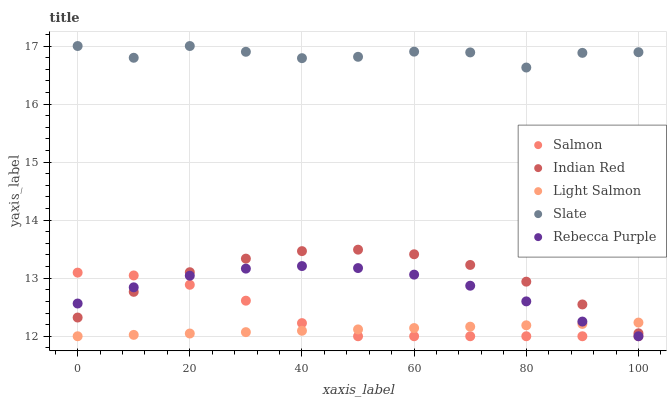
| xaxis_label | Salmon | Indian Red | Light Salmon | Slate | Rebecca Purple |
 | --- | --- | --- | --- | --- | --- |
 | 0 | 13.1 | 12.3 | 12 | 17 | 12.6 |
 | 10 | 13 | 12.8 | 12 | 16.8 | 12.8 |
 | 20 | 12.9 | 13.1 | 12 | 17 | 13 |
 | 30 | 12.6 | 13.3 | 12.1 | 16.9 | 13.2 |
 | 40 | 12.2 | 13.5 | 12.1 | 16.8 | 13.2 |
 | 50 | 12 | 13.5 | 12.1 | 16.8 | 13.2 |
 | 60 | 12 | 13.4 | 12.1 | 16.9 | 13.1 |
 | 70 | 12 | 13.2 | 12.2 | 16.9 | 12.9 |
 | 80 | 12 | 12.9 | 12.2 | 16.6 | 12.6 |
 | 90 | 12 | 12.5 | 12.2 | 16.9 | 12.3 |
 | 100 | 12 | 12.1 | 12.2 | 16.9 | 12 |